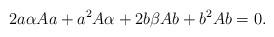
LaTeX: \begin{align*}2a\alpha Aa+a^2A\alpha+2b\beta Ab+b^2Ab=0. \end{align*}